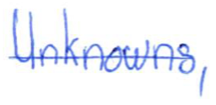
Text: Unknowns,
Cross-out: single-line
Writing tool: ballpoint